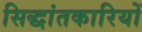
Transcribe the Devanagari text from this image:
सिद्धांतकारियों